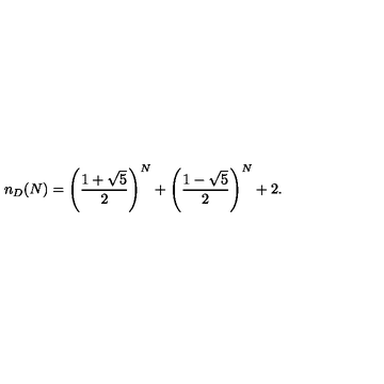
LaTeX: n _ { D } ( N ) = \left( \frac { 1 + \sqrt 5 } { 2 } \right) ^ { N } + \left( \frac { 1 - \sqrt 5 } { 2 } \right) ^ { N } + 2 .